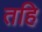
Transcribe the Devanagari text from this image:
तहि